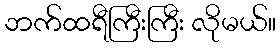
ဘက်ထရီကြီးကြီး လိုမယ်။